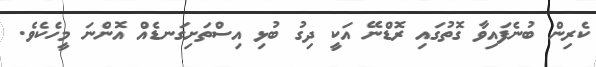
ކެރިން ބުނެފައިވާ ގޮތުގައި ރޮޑްނޭ އަކީ ދިގު ބުޅި އިސްތަށިގަނޑެއް އޮންނަ މީހެކެވެ.